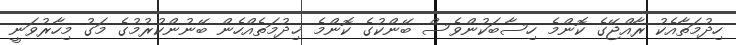
ހިދުމަތާއެކު ރާއްޖޭގެ ކޮންމެ ހިސާބަކުންވެސް ބޭންކުގެ ކޮންމެ ޚިދުމަތެއްހެން ބޭނުންކުރުމުގެ މަގު މިހާރުވަނީ